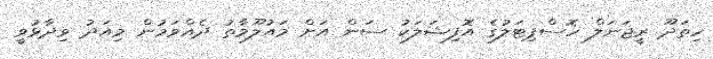
ހިތަދޫ ރީޖަނަލް ހޮސްޕިޓަލުގެ އޮފިޝަލަކު ސަން އަށް މައުލޫމާތު ދެއްވަމުން މިއަދު ވިދާޅުވީ